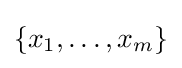
\{x_{1},\ldots ,x_{m}\}